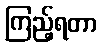
ကြည့်ရတာ